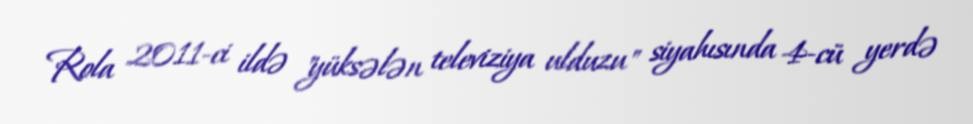
Rola 2011-ci ildə "yüksələn televiziya ulduzu" siyahısında 4-cü yerdə